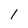
Character: 1